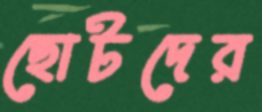
ছোটদের